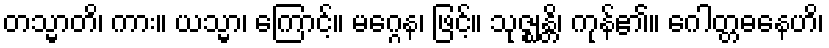
တသ္မာတိ၊ ကား။ ယသ္မာ၊ ကြောင့်။ မဂ္ဂေန၊ ဖြင့်။ သုဇ္ဈန္တိ၊ ကုန်၏။ ဂေါတ္တဓနေဟိ၊